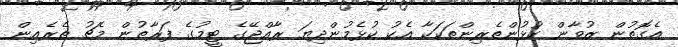
އެގޮތުން ޒުވާން ކުޅުންތެރިންތަކަކާ އެކު ކުޅެމުންދިޔަ ރާއްޖޭގެ ޓީމުގެ ފަރާތުން މެޗު ތެރެއިން